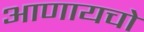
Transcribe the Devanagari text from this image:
आणायचो